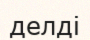
делді